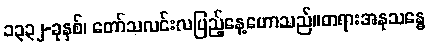
၁၃၃၂-ခုနှစ်၊ တော်သလင်းလပြည့်နေ့ဟောသည်။တရားအနုသန္ဓေ